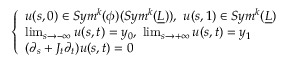
\left\{ \begin{array} { l l } { u ( s , 0 ) \in S y m ^ { k } ( \phi ) ( S y m ^ { k } ( \underline { { L } } ) ) , \, \, u ( s , 1 ) \in S y m ^ { k } ( \underline { { L } } ) } \\ { \operatorname* { l i m } _ { s \to - \infty } u ( s , t ) = y _ { 0 } , \, \, \operatorname* { l i m } _ { s \to + \infty } u ( s , t ) = y _ { 1 } } \\ { ( \partial _ { s } + J _ { t } \partial _ { t } ) u ( s , t ) = 0 } \end{array} \right.